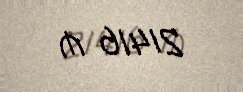
21416 ₼